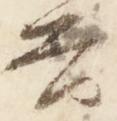
興